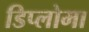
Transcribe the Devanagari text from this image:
डिप्‍लोमा